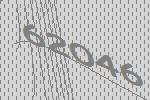
62046